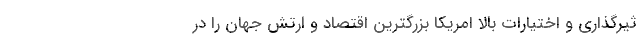
ثیرگذاری و اختیارات بالا امریکا بزرگترین اقتصاد و ارتش جهان را در